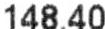
148.40